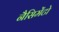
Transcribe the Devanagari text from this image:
नैसिमेंटो